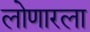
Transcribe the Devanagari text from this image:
लोणारला